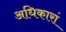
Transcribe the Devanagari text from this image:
अधिकारां